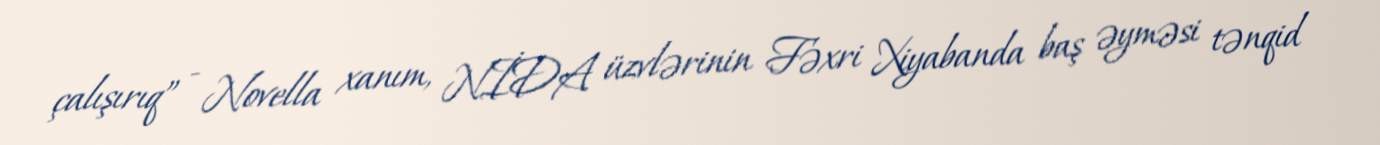
çalışırıq” - Novella xanım, NİDA üzvlərinin Fəxri Xiyabanda baş əyməsi tənqid